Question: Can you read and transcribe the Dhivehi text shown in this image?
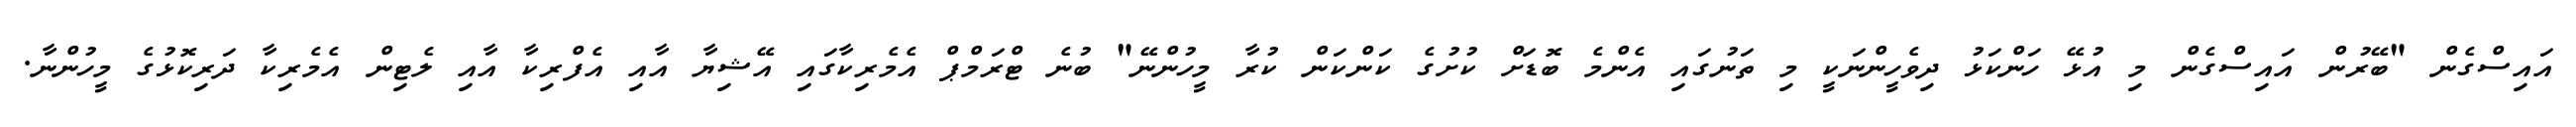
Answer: އައިސްގެން "ބޭރުން އައިސްގެން މި އުޅޭ ހަންކަޅު ދިވެހީންނަކީ މި ތަނުގައި އެންމެ ބޮޑަށް ކުށުގެ ކަންކަން ކުރާ މީހުންނޭ" ބުނެ ޓްރަމްޕް އެމެރިކާގައި އޭޝިޔާ އާއި އެފްރިކާ އާއި ލެޓިން އެމެރިކާ ދަރިކޮޅުގެ މީހުންނާ.